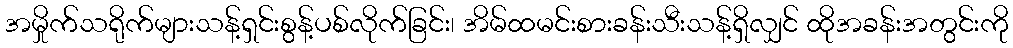
အမှိုက်သရိုက်များသန့်ရှင်းစွန့်ပစ်လိုက်ခြင်း၊ အိမ်ထမင်းစားခန်းသီးသန့်ရှိလျှင် ထိုအခန်းအတွင်းကို